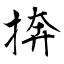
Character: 捹